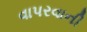
વાપરવાની